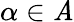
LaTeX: \alpha\in\mathit{A}